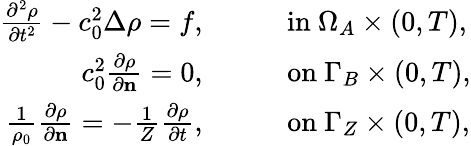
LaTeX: \begin{array}{rl}{\frac{\partial^{2}\rho}{\partial t^{2}}-c_{0}^{2}\Delta\rho=f,}&{\qquad\mathrm{in~}\Omega_{A}\times(0,T),}\\ {c_{0}^{2}\frac{\partial\rho}{\partial\mathbf{n}}=0,}&{\qquad\mathrm{on~}\Gamma_{B}\times(0,T),}\\ {\frac{1}{\rho_{0}}\frac{\partial\rho}{\partial\mathbf{n}}=-\frac{1}{Z}\frac{\partial\rho}{\partial t},}&{\qquad\mathrm{on~}\Gamma_{Z}\times(0,T),}\end{array}